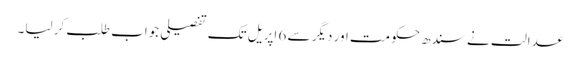
عدالت نے سندھ حکومت اور دیگر سے 6 اپریل تک تفصیلی جواب طلب کر لیا۔